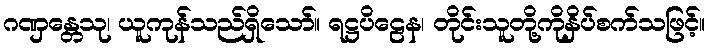
ဂဏှန္တေသု၊ ယူကုန်သည်ရှိသော်။ ရဋ္ဌပိဠေန၊ တိုင်းသူတို့ကိုနှိပ်စက်သဖြင့်။